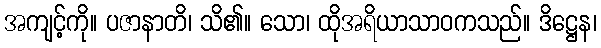
အကျင့်ကို။ ပဇာနာတိ၊ သိ၏။ သော၊ ထိုအရိယာသာဝကသည်။ ဒိဋ္ဌေန၊